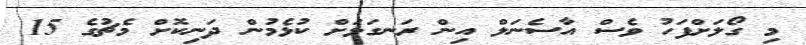
މި ގޯލަށްފަހު ވެސް އާސެނަލް އިން ރަނގަޅަށް ކުޅެމުން ދަނިކޮށް މެޗުގެ 15